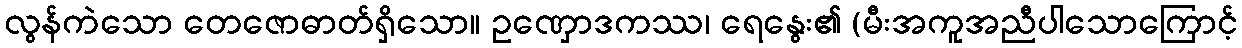
လွန်ကဲသော တေဇောဓာတ်ရှိသော။ ဥဏှောဒကဿ၊ ရေနွေး၏ (မီးအကူအညီပါသောကြောင့်